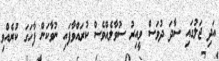
އަދި ޖަލުގައި ސާދަ ދުވަސް ވީއިރު ސުވާލެއްވެސް ކުރައްވާފައި ނުވާކަން ފާހަގަ ކުރެއްވި